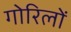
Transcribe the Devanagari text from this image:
गोरिलों